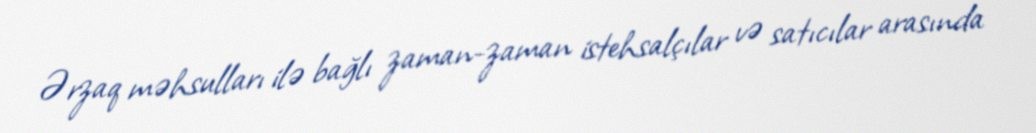
Ərzaq məhsulları ilə bağlı zaman-zaman istehsalçılar və satıcılar arasında